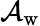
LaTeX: \mathcal{A}_{\mathrm{w}}